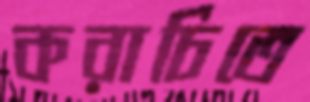
করাচিতে